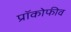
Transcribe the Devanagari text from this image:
प्रॉकोफीव